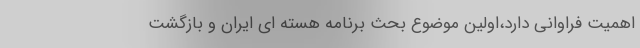
اهمیت فراوانی دارد،اولین موضوع بحث برنامه هسته ای ایران و بازگشت